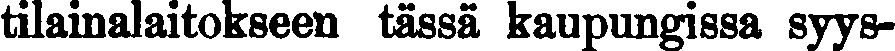
tilainalaitokseen tässä kaupungissa syys-